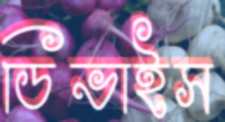
ডিভাইস